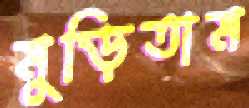
মুড়িতাম